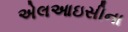
એલઆઇસીના